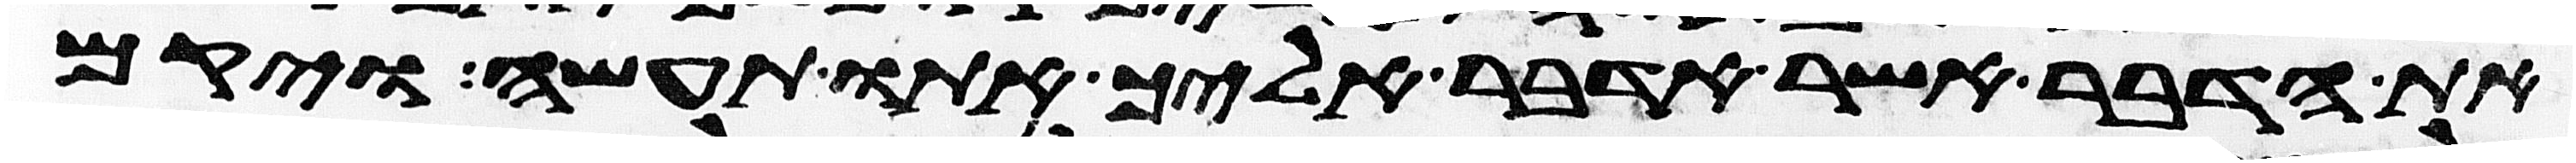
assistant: את הדבר אשר אדבר אליך אתו תעשה ויקם